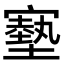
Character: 𡫑